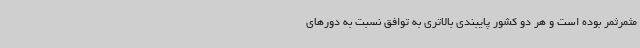
مثمرثمر بوده است و هر دو کشور پایبندی بالاتری به توافق نسبت به دورهای